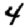
Digit: 4